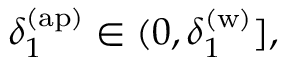
\delta _ { 1 } ^ { \mathrm { ( a p ) } } \in ( 0 , \delta _ { 1 } ^ { \mathrm { ( w ) } } ] ,